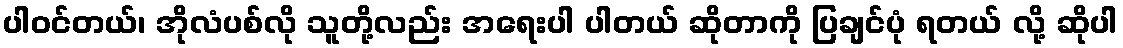
ပါဝင်တယ်၊ အိုလံပစ်လို သူတို့လည်း အရေးပါ ပါတယ် ဆိုတာကို ပြချင်ပုံ ရတယ် လို့ ဆိုပါ